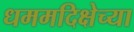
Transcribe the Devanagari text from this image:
धममदिक्षेच्या